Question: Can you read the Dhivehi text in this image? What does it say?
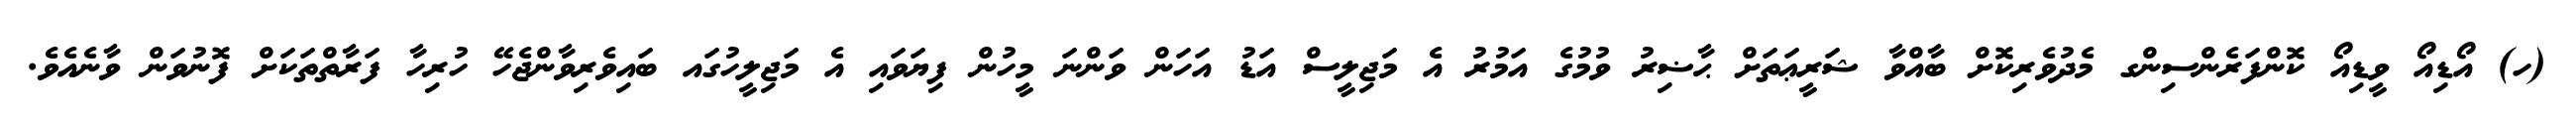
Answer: (ހ) އޯޑިއޯ ވީޑިއޯ ކޮންފަރެންސިންގ މެދުވެރިކޮށް ބާއްވާ ޝަރީޢަތަށް ޙާޟިރު ވުމުގެ އަމުރު އެ މަޖިލީސް އަޑު އަހަން ވަންނަ މީހުން ފިޔަވައި އެ މަޖިލީހުގައ ބައިވެރިވާންޖެހޭ ހުރިހާ ފަރާތްތަކަށް ފޮނުވަން ވާނެއެވެ.